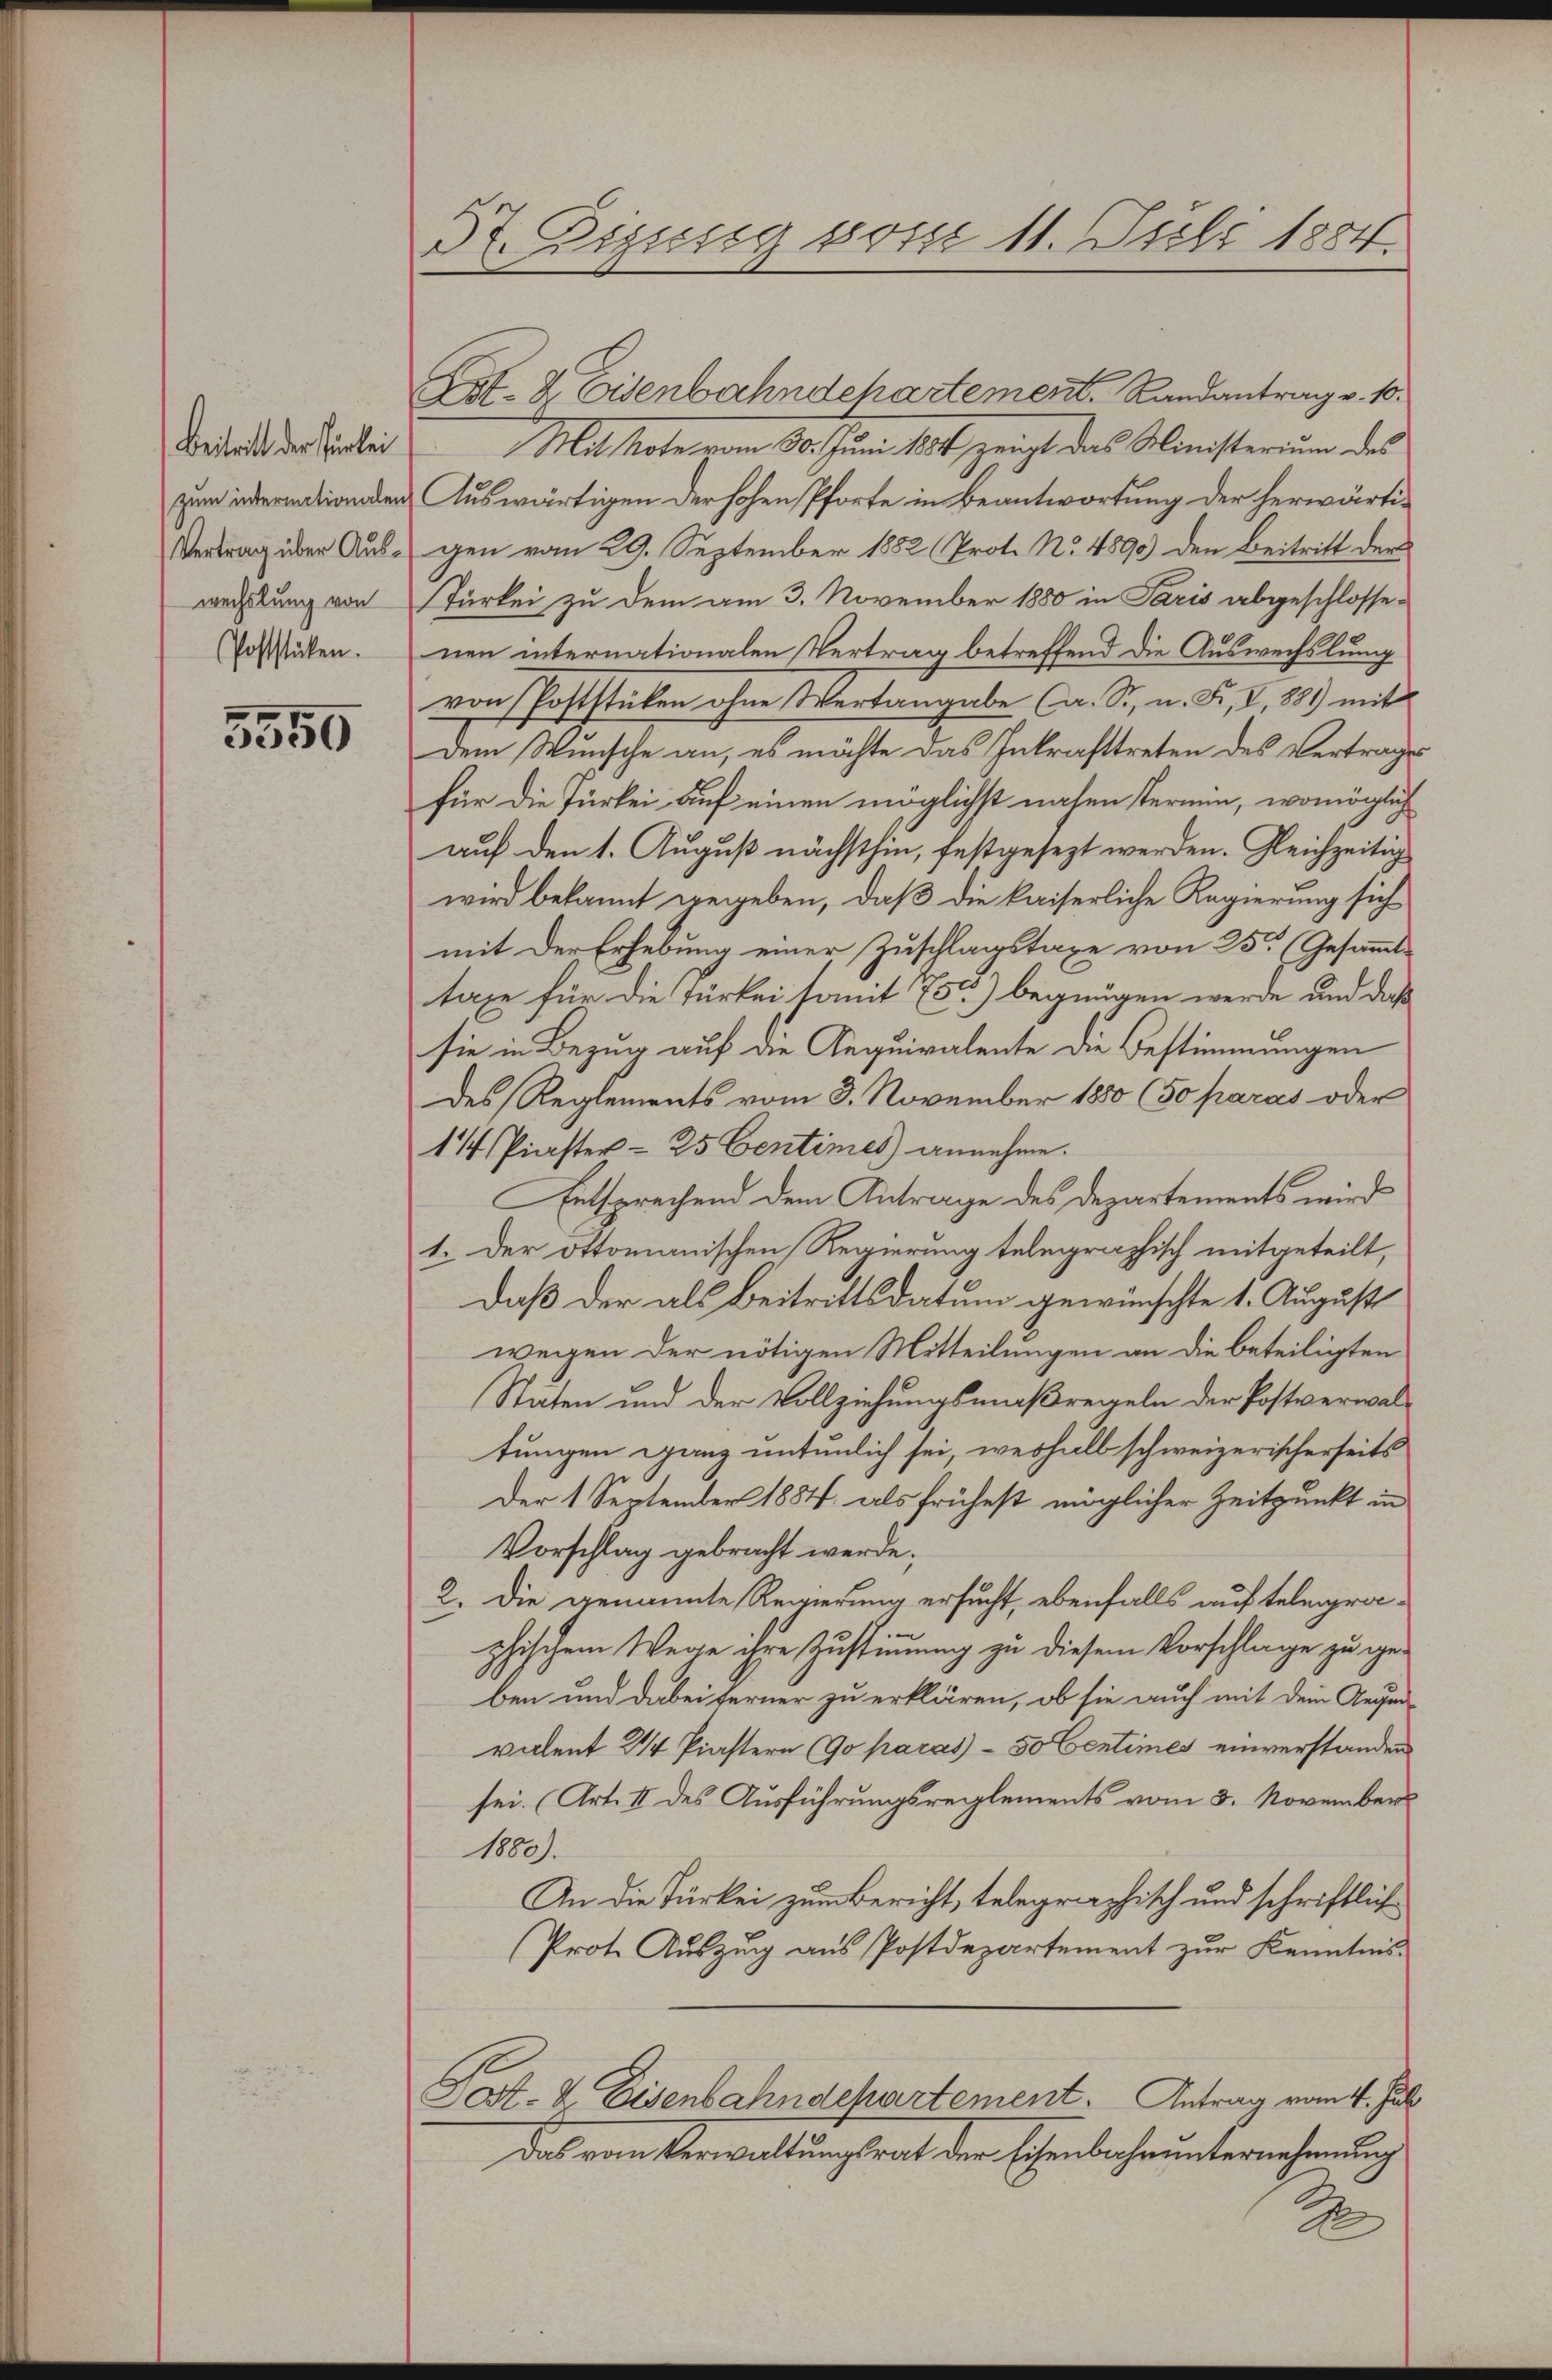
Beitritt der Türkei
zum intermationalen
Vertrag über Auswechslung von
Poststücken.

5550

3t. Diesig posse 11. Juli 1884.

t. 8 Eisenbahndchartement. Landantrag v. 10.
Ma tote vom 30. Juni 184, zeigt das Ministerium des
Auswärtigen der hohen Pforfe in Beantwortung der herwärtigen vom 29. September 1882 (Prot. No. 4890) den Beitritt der
Türkei zu dem am 3. November 1880 in Paris abgeschlossenen internationalen Vertrag betreffend die Auswechslung
von Poststücken ohne Wertangabe (a. S., n. F. V, 1889 mit
Dem Wunsche an, es möchte das Inkrafttreten des Vertrages
für die Türkei auf einen möglichst nahen termin, womöglich
auf den 1. August nächsthin, festgesezt werden. Gleichzeitig
wird bekannt gegeben, daß die kaiserliche Regierung sich
mit der Erhebung einer Zuschlagstaxe von 25. (Gesammttaxe für die Türkei somit 75c) begnügen werde und daß
sie in Bezug auf die Aequivalente die Bestimmungen
des Reglements vom 3. November 1880 (50 paras oder
1¼ Piaster = 25 Centimes annehme.
Entsprechend dem Antrage des Departements wird
1. Der Ottomanischen Regierung telegraphisch mitgeteilt,
Daß der als Beitrittsdatum gewünschte 1. August
wegen der nötigen Mitteilungen an die beteiligten
Stäten und der Vollziehungsmaßregeln der Postverwaltungen ganz entenlich sei, weshalb schweizerischerseits
Der 1 September 1884. als frühest möglicher Zeitpunkt in
Vorschlag gebracht werde;
2. Die genannte Regierung ersucht, ebenfalls auf telegra¬
.
phischem Wege ihre Zustimmung zu diesem Vorschlage zu ge-
ben und dabei ferner zu erklären, ob sie auch mit dem Gegenvalent 24 Piastern (Go paras) - 50 Centimes einverstanden
sei. (Art. II des Ausführungsreglements vom 3. November
1880).
An die Türkei zum Bericht, telegraphisch und schriftlich
Prote Aŭszŭg aŭs Postdepartement zŭr Kenntnis-
Gost- & Eisenbahndehartement. Antrag vom 1. Juli.
Das vom Verwaltungsrat der Eisenbahnunternehmung
2